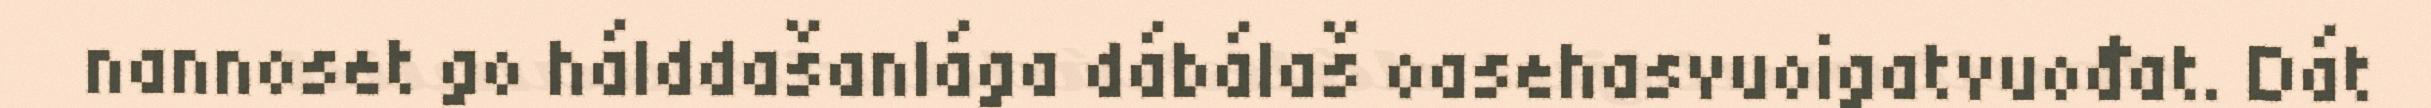
nannoset go hálddašanlága dábálaš oasehasvuoigatvuođat. Dát